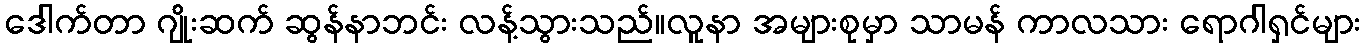
ဒေါက်တာ ဂျိုးဆက် ဆွန်နာဘင်း လန့်သွားသည်။လူနာ အများစုမှာ သာမန် ကာလသား ရောဂါရှင်များ